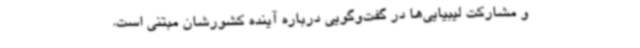
و مشارکت لیبیایی‌ها در گفت‌وگویی درباره آینده کشورشان مبتنی است.